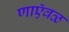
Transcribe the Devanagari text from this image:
णाऍवळ